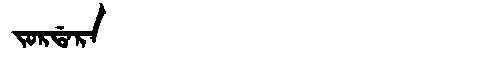
Manchu: ᠵᠣᡵᡩᠠᡵᠠ
Romanization: JORDARA